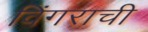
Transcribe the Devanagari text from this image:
विंगराची